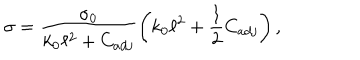
LaTeX: \sigma = \frac { \sigma _ { 0 } } { k _ { 0 } \ell ^ { 2 } + C _ { a d j } } \left( k _ { 0 } \ell ^ { 2 } + \frac { 1 } { 2 } C _ { a d j } \right) ,